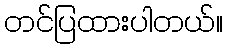
တင်ပြထားပါတယ်။